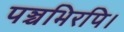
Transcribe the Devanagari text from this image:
पञ्चभिरपि।